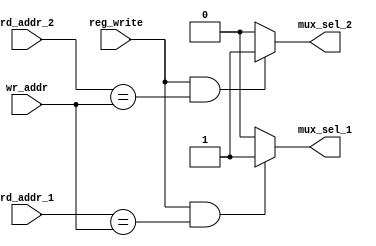
module read_data_modify(rd_addr_1,rd_addr_2,wr_addr,reg_write,mux_sel_1,mux_sel_2);

input [2:0] rd_addr_1,rd_addr_2,wr_addr;
input reg_write;
output reg mux_sel_1,mux_sel_2;

always @(*)
begin

if( reg_write && (rd_addr_1 == wr_addr) )
mux_sel_1 = 1;
else
mux_sel_1 = 0;

if(reg_write && (rd_addr_2 == wr_addr))
mux_sel_2 = 1;
else
mux_sel_2 = 0;

end

endmodule